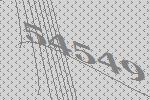
54549